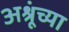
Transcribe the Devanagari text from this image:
अश्रूंच्या